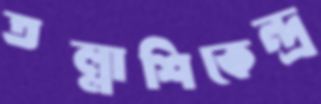
তল্লাশিকেন্দ্র